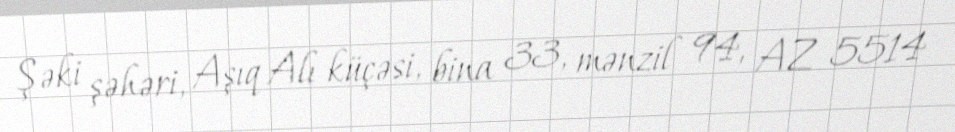
Şəki şəhəri, Aşıq Alı küçəsi, bina 33, mənzil 94, AZ 5514